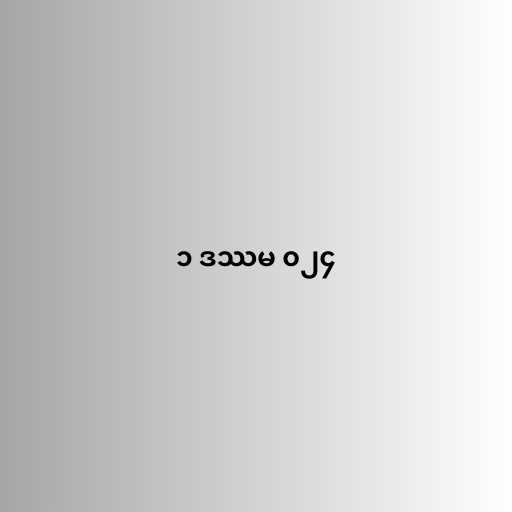
၁ ဒဿမ ၀၂၄